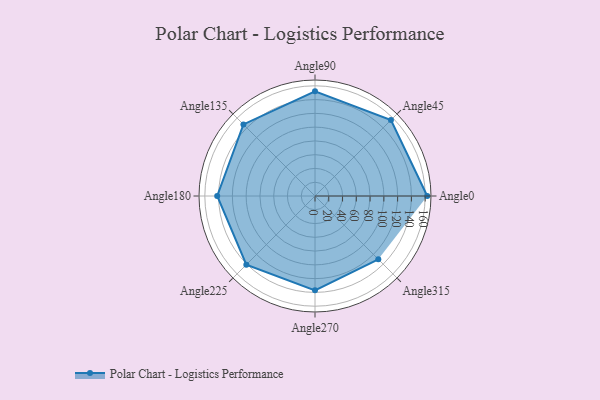
{"axis": {"x": "Angle", "y": "Radius"}, "legend": [""], "data": [{"x": "Angle0", "y": 163.0, "type": ""}, {"x": "Angle45", "y": 156.0, "type": ""}, {"x": "Angle90", "y": 152.0, "type": ""}, {"x": "Angle135", "y": 147.0, "type": ""}, {"x": "Angle180", "y": 142.0, "type": ""}, {"x": "Angle225", "y": 141.0, "type": ""}, {"x": "Angle270", "y": 137.0, "type": ""}, {"x": "Angle315", "y": 130.0, "type": ""}]}